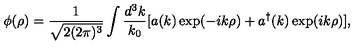
\phi ( \rho ) = \frac { 1 } { \sqrt { 2 ( 2 \pi ) ^ { 3 } } } \int \frac { d ^ { 3 } k } { k _ { 0 } } [ a ( k ) \exp ( - i k \rho ) + a ^ { \dagger } ( k ) \exp ( i k \rho ) ] ,